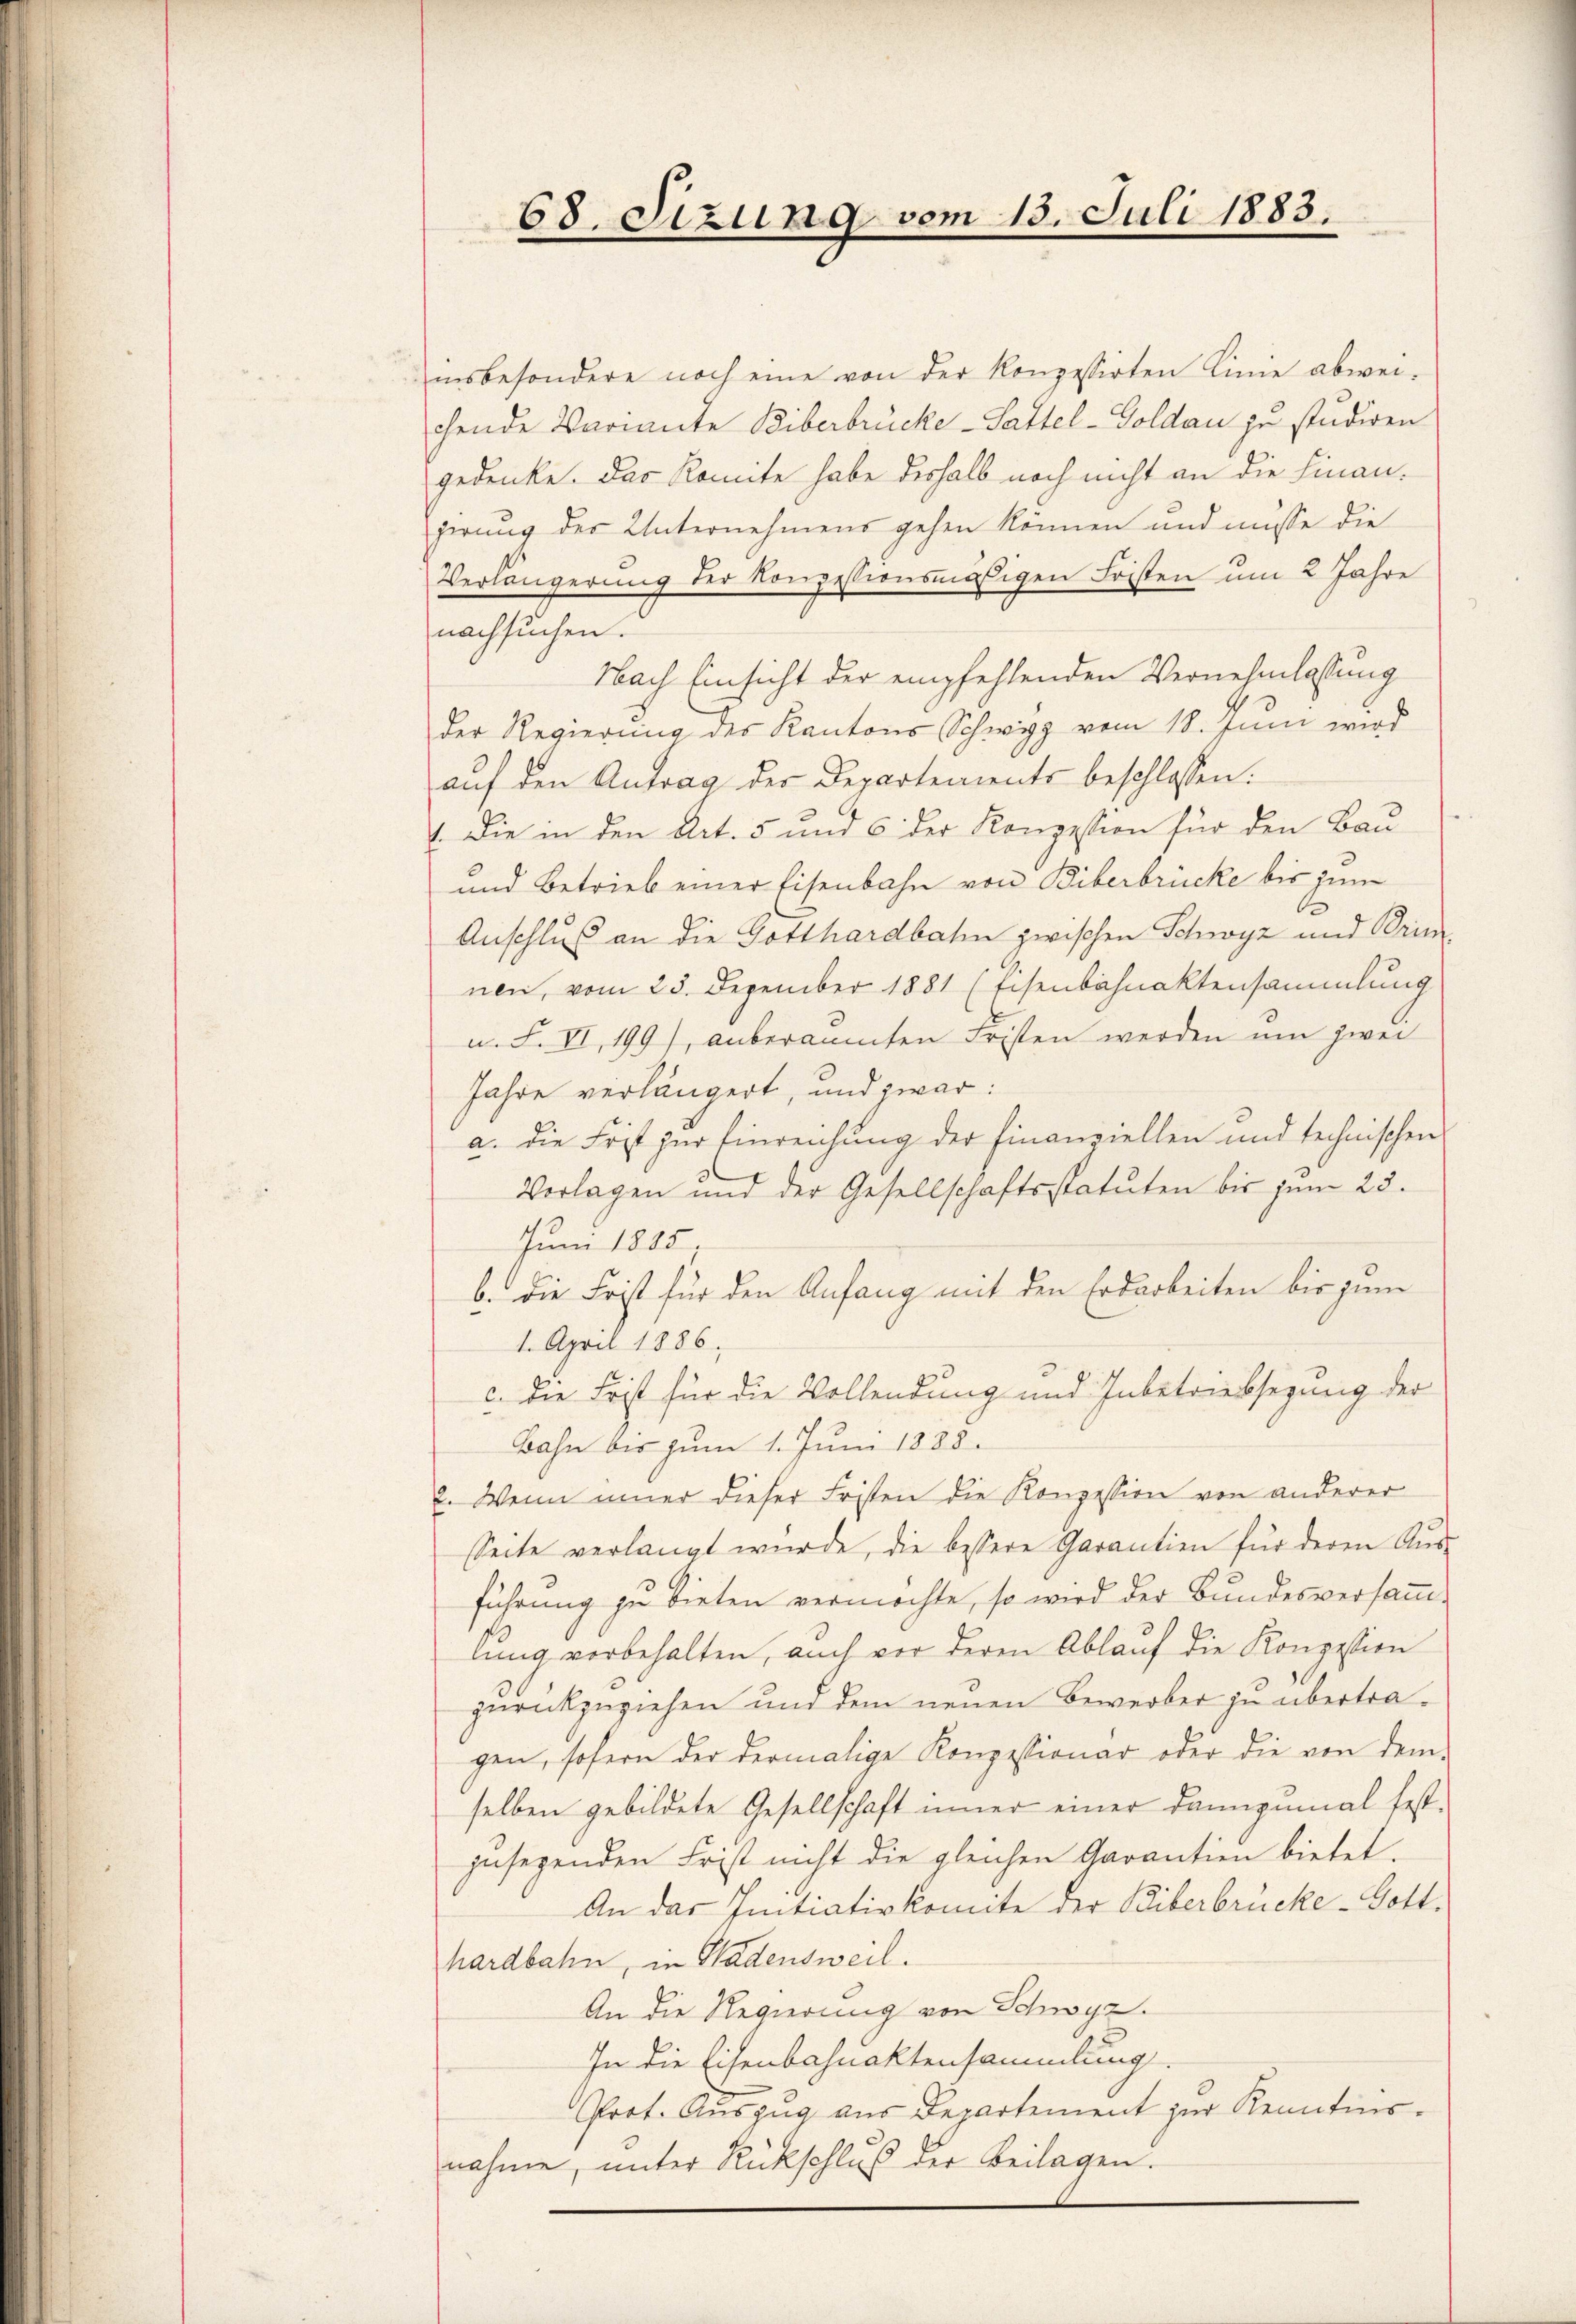
68. Sizung vom 15. Juli 1883.

insbesondere noch eine von der Konzessirten Linie abwei-
chende Variante Biberbrücke - Sattel-Goldau zu studiren
gedenke. Das Komite habe deshalb noch nicht an die Finangerung der Unternehmens gehen können und müsse die
Verlängerung der Konzessionsmäßigen Fristen um 2 Jahre
nachsuchen.
Nach Einsicht der empfehlenden Vernehmlassung
der Regierung des Kantons Schwyz vom 18. Juni wird
aŭf den Antrag der Departements beschlossen:
1. Die in den Art. 5 und 6 der Konzession für den Bau-
und Betrieb einer Eisenbahn von Biberbrücke bis zum
.
Anschluß an die Gotthardbahn zwischen Schwyz und Prin-
nen, vom 25. Dezember 1881 (Eisenbahnaktensammlung
u. F. VI, 199), anberaumten Fristen werden um zwei
Jahre verlängert, und zwar:
a. die Frist zur Einreichung der Finanziellen und technischen
Verlagen und der Gesellschaftsstatuten bis zum 23.
Juni 1885
b. Die Frist für den Anfang mit den Erdarbeiten bis zum
1. April 1886.
c. Die Frist für die Vollendung und Inbetriebsezung der
Bahn bis zum 1. Juni 1888.
2. Wenn inner dieser Fristen die Konzession von anderer
Seite verlangt wurde, die bessere Garantien für deren Ausführung zu bieten vermöchte, so wird der Bundesversammlung vorbehalten, auch vor deren Ablauf die Konzession
zurückzuziehen und dem neuen Bewerber zu übertragen, sofern der dermalige Konzessionar oder die von demselben gebildete Gesellschaft immer einer dannzumal fest-
zusegenden Frist nicht die gleichen Garantien bietet.
An das Initiativkomite der Biberbrücke - Gott.
hardbahn, in Hadensweil.
An die Regierung von Schwyz.
In die Eisenbahnaktensammlung
Prot. Auszug aus Departement zur Kenntins-
nahme, unter Rückschluß der Beilagen.